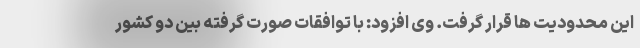
این محدودیت ها قرار گرفت. وی افزود: با توافقات صورت گرفته بین دو کشور